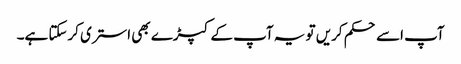
آپ اسے حکم کریں تو یہ آپ کے کپڑے بھی استری کرسکتا ہے۔